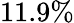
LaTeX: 11.9\%